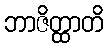
ဘာဇိတ္ထာတိ